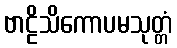
ဗာဠိသိကောပမသုတ္တံ